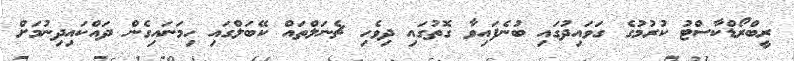
ރީބްރޯޑްކާސްޓު ކުރުމުގެ ގަވައިދުގައި ބުނެފައިވާ ގޮތުގައި ދިވެހި ޗެނަލްތައް ކޭބަލްގައި ހިމަނައިގެން ދައްކައިދިނުމަށް